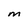
Character: M